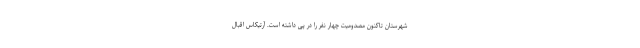
شهرستان تاکنون مصدومیت چهار نفر را در پی داشته است. آرتیکاس اقبال